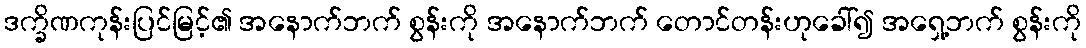
ဒက္ခိဏကုန်းပြင်မြင့်၏ အနောက်ဘက် စွန်းကို အနောက်ဘက် တောင်တန်းဟုခေါ်၍ အရှေ့ဘက် စွန်းကို